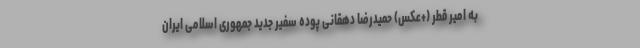
به امیر قطر (+عکس) حمیدرضا دهقانی پوده سفیر جدید جمهوری اسلامی ایران